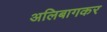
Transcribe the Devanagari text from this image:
अलिबागकर